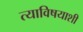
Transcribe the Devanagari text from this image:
त्याविषयाशी